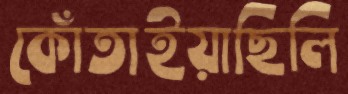
কোঁতাইয়াছিলি